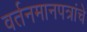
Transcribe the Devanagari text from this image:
वर्तनमानपत्रांचे